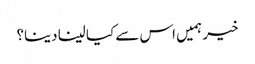
خیر ہمیں اس سے کیا لینا دینا؟